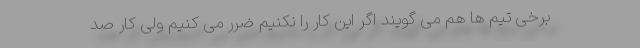
برخی تیم ها هم می گویند اگر این کار را نکنیم ضرر می کنیم ولی کار صد